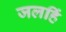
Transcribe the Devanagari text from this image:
जलहिं